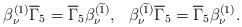
\begin{align*}\beta _\nu^{(1)}\overline{\Gamma }_5=\overline{\Gamma }_5 \beta _\nu^{(\widetilde{1})} ,~~\beta _\nu^{(\widetilde{1})}\overline{\Gamma }_5=\overline{\Gamma }_5 \beta_\nu ^{(1)} . \end{align*}